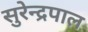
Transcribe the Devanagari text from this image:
सुरेन्द्रपाल